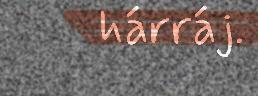
hárráj.